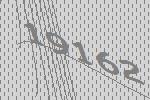
19162